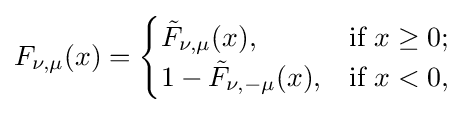
F_{\nu ,\mu }(x)={\begin{cases}{\tilde {F}}_{\nu ,\mu }(x),&{\mbox{if }}x\geq 0;\\1-{\tilde {F}}_{\nu ,-\mu }(x),&{\mbox{if }}x<0,\end{cases}}